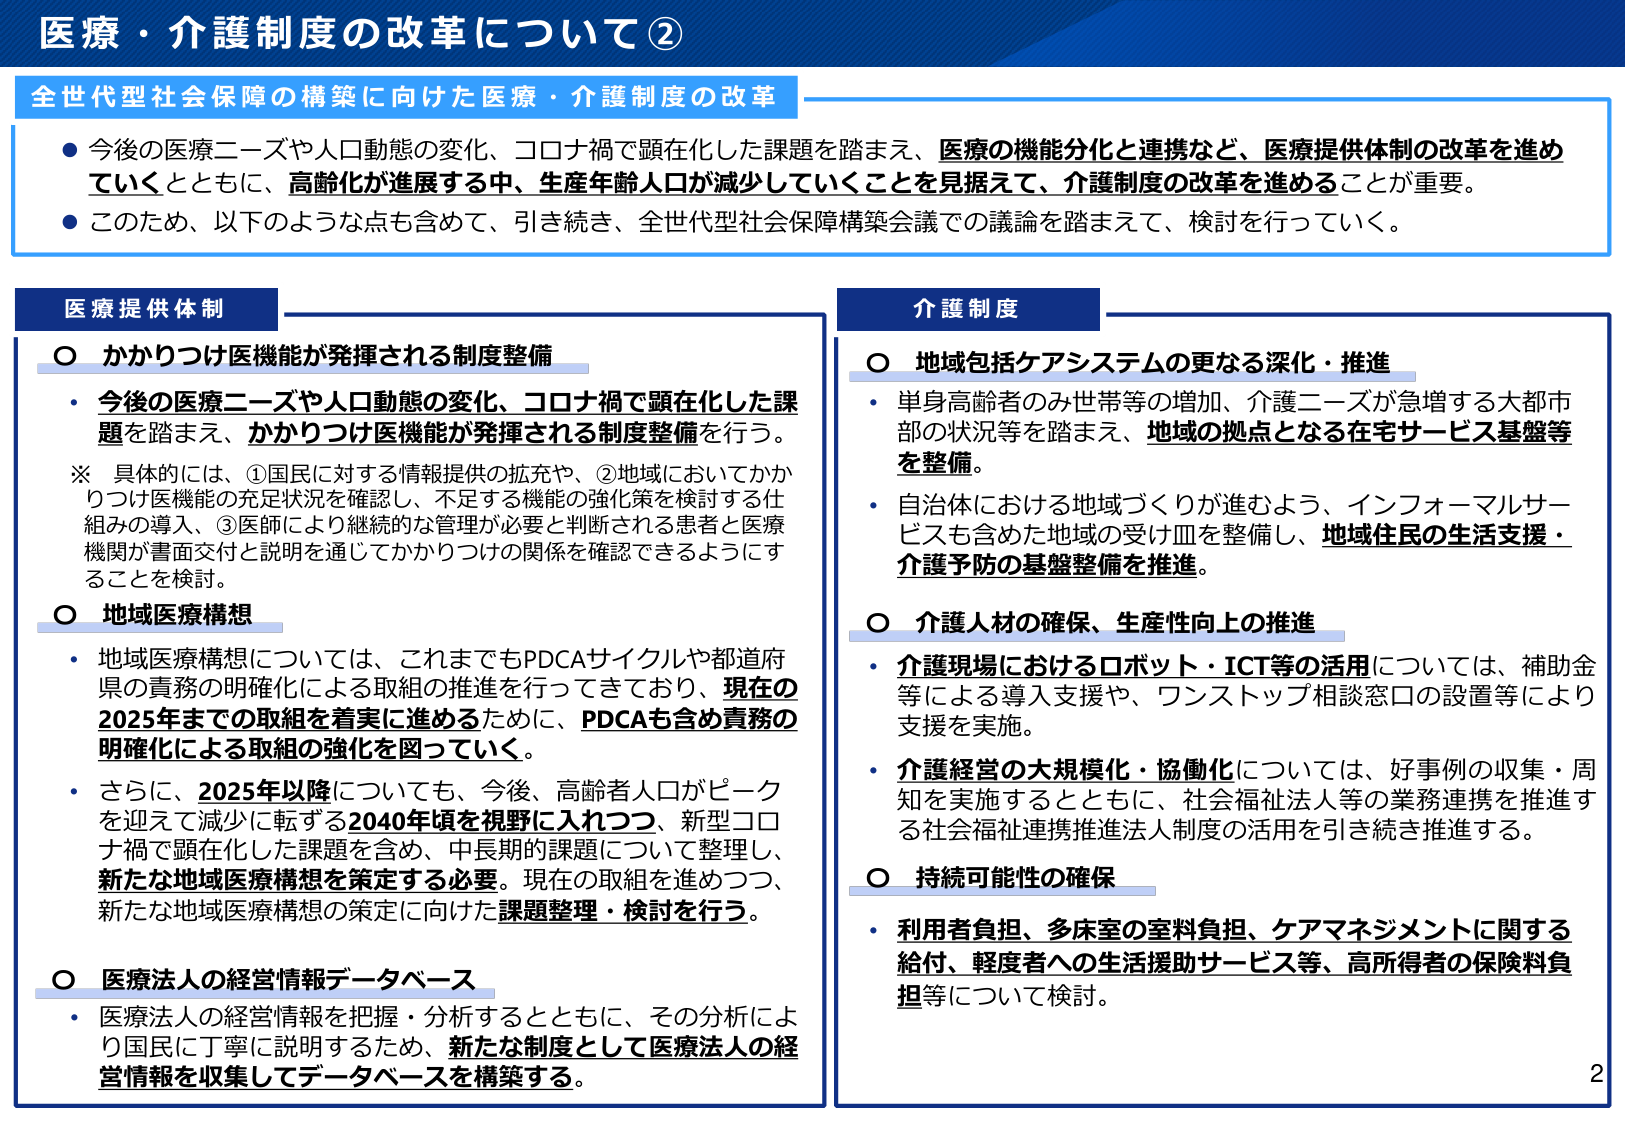
医療・介護制度の改革について②

全世代型社会保障の構築に向けた医療・介護制度の改革

● 今後の医療ニーズや人口動態の変化、コロナ禍で顕在化した課題を踏まえ、医療の機能分化と連携など、医療提供体制の改革を進めていくとともに、高齢化が進展する中、生産年齢人口が減少していくことを見据えて、介護制度の改革を進めることが重要。

● このため、以下のような点も含めて、引き続き、全世代型社会保障構築会議での議論を踏まえて、検討を行っていく。

医療提供体制

○ かかりつけ医機能が発揮される制度整備
・ 今後の医療ニーズや人口動態の変化、コロナ禍で顕在化した課題を踏まえ、かかりつけ医機能が発揮される制度整備を行う。
※ 具体的には、①国民に対する情報提供の拡充や、②地域においてかかりつけ医機能の充足状況を確認し、不足する機能の強化策を検討する仕組みの導入、③医師により継続的な管理が必要と判断される患者と医療機関が書面交付と説明を通じてかかりつけの関係を確認できるようにすることを検討。

○ 地域医療構想
・ 地域医療構想については、これまでもPDCAサイクルや都道府県の責務の明確化による取組の推進を行ってきており、現在の2025年までの取組を着実に進めるために、PDCAも含め責務の明確化による取組の強化を図っていく。
・ さらに、2025年以降についても、今後、高齢者人口がピークを迎えて減少に転ずる2040年頃を視野に入れつつ、新型コロナ禍で顕在化した課題を含め、中長期的課題について整理し、新たな地域医療構想を策定する必要。現在の取組を進めつつ、新たな地域医療構想の策定に向けた課題整理・検討を行う。

○ 医療法人の経営情報データベース
・ 医療法人の経営情報を把握・分析するとともに、その分析により国民に丁寧に説明するため、新たな制度として医療法人の経営情報を収集してデータベースを構築する。

介護制度

○ 地域包括ケアシステムの更なる深化・推進
・ 単身高齢者のみ世帯等の増加、介護ニーズが急増する大都市部の状況等を踏まえ、地域の拠点となる在宅サービス基盤等を整備。
・ 自治体における地域づくりが進むよう、インフォーマルサービスも含めた地域の受け皿を整備し、地域住民の生活支援・介護予防の基盤整備を推進。

○ 介護人材の確保、生産性向上の推進
・ 介護現場におけるロボット・ICT等の活用については、補助金等による導入支援や、ワンストップ相談窓口の設置等により支援を実施。
・ 介護経営の大規模化・協働化については、好事例の収集・周知を実施するとともに、社会福祉法人等の業務連携を推進する社会福祉連携推進法人制度の活用を引き続き推進する。

○ 持続可能性の確保
・ 利用者負担、多床室の室料負担、ケアマネジメントに関する給付、軽度者への生活援助サービス等、高所得者の保険料負担等について検討。

2